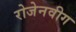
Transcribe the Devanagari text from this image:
रोजेनवीग